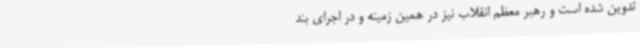
تدوین‌ شده است و رهبر معظم انقلاب نیز در همین زمینه و در اجرای بند